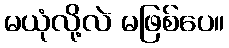
မယုံလို့လဲ မဖြစ်ပေ။